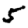
Digit: 5